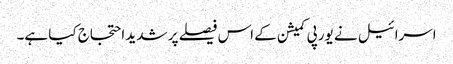
اسرائیل نے یورپی کمیشن کے اس فیصلے پر شدید احتجاج کیا ہے۔